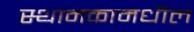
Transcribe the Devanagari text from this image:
स्थानकामधील